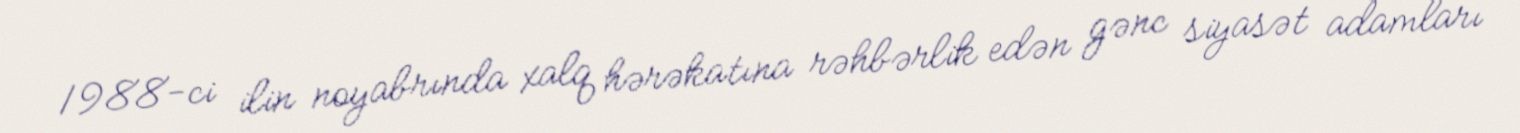
1988-ci ilin noyabrında xalq hərəkatına rəhbərlik edən gənc siyasət adamları